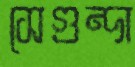
সেগুন্দা